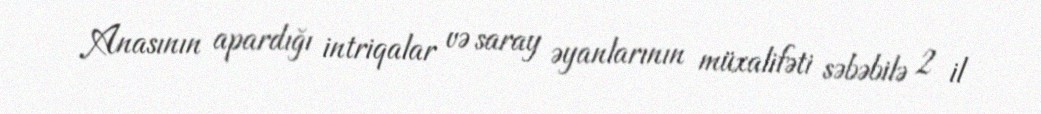
Anasının apardığı intriqalar və saray əyanlarının müxalifəti səbəbilə 2 il